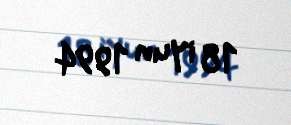
18 iyun 1994